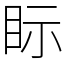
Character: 眎